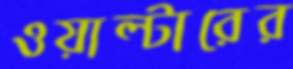
ওয়াল্টারের